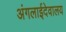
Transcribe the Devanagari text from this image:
अंगलाईदेवालय